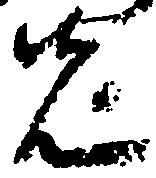
先